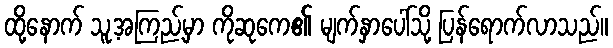
ထို့နောက် သူ့အကြည့်မှာ ကိုဆုကေ၏ မျက်နှာပေါ်သို့ ပြန်ရောက်လာသည်။